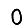
Digit: 0